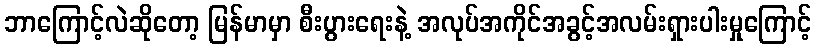
ဘာကြောင့်လဲဆိုတော့ မြန်မာမှာ စီးပွားရေးနဲ့ အလုပ်အကိုင်အခွင့်အလမ်းရှားပါးမှုကြောင့်